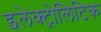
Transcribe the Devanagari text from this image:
इलेक्ट्रोलिटिक